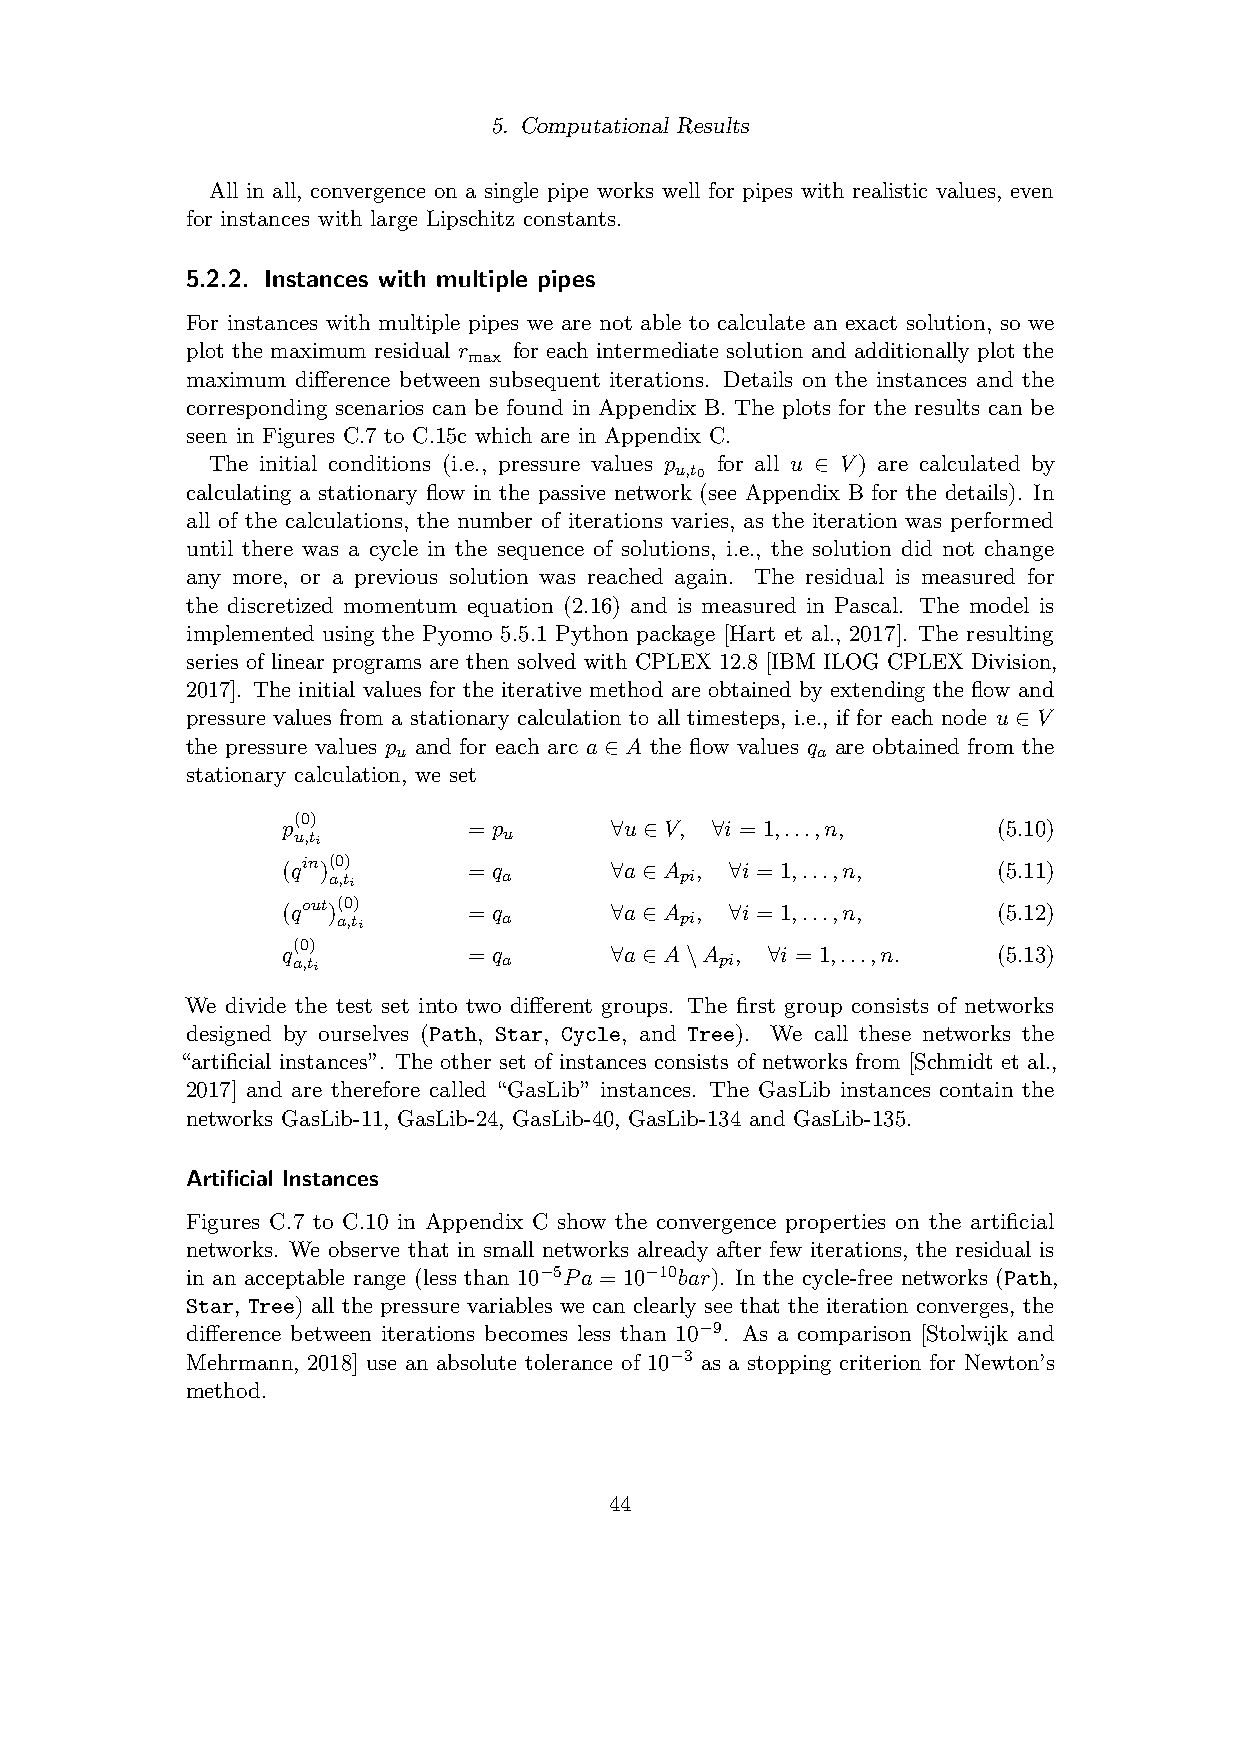
5. Computational Results
 All in all, convergence on a single pipe works well for pipes with realistic values, even
 for instances with large Lipschitz constants.
 5.2.2. Instances with multiple pipes
 For instances with multiple pipes we are not able to calculate an exact solution, so we
 plot the maximum residual r for each intermediate solution and additionally plot the
 max
 maximum difference between subsequent iterations. Details on the instances and the
 corresponding scenarios can be found in Appendix B. The plots for the results can be
 seen in Figures C.7 to C.15c which are in Appendix C.
 The initial conditions (i.e., pressure values p for all u ∈ V) are calculated by
 u,t0
 calculating a stationary flow in the passive network (see Appendix B for the details). In
 all of the calculations, the number of iterations varies, as the iteration was performed
 until there was a cycle in the sequence of solutions, i.e., the solution did not change
 any more, or a previous solution was reached again. The residual is measured for
 the discretized momentum equation (2.16) and is measured in Pascal. The model is
 implemented using the Pyomo 5.5.1 Python package [Hart et al., 2017]. The resulting
 series of linear programs are then solved with CPLEX 12.8 [IBM ILOG CPLEX Division,
 2017]. The initial values for the iterative method are obtained by extending the flow and
 pressure values from a stationary calculation to all timesteps, i.e., if for each node u ∈ V
 the pressure values p and for each arc a ∈ A the flow values q are obtained from the
 u                           a
 stationary calculation, we set
 (0)
 p           = p      ∀u ∈ V, ∀i = 1,...,n,     (5.10)
 u,ti          u
 (qin)(0)
 = q      ∀a ∈ A , ∀i = 1,...,n,    (5.11)
 a,ti       a           pi
 (qout)(0)
 = q      ∀a ∈ A , ∀i = 1,...,n,    (5.12)
 a,ti       a           pi
 (0)
 q           = q      ∀a ∈ A\A , ∀i = 1,...,n.  (5.13)
 a,ti          a              pi
 We divide the test set into two different groups. The first group consists of networks
 designed by ourselves (Path, Star, Cycle, and Tree). We call these networks the
 “artificial instances”. The other set of instances consists of networks from [Schmidt et al.,
 2017] and are therefore called “GasLib” instances. The GasLib instances contain the
 networks GasLib-11, GasLib-24, GasLib-40, GasLib-134 and GasLib-135.
 Artificial Instances
 Figures C.7 to C.10 in Appendix C show the convergence properties on the artificial
 networks. We observe that in small networks already after few iterations, the residual is
 in an acceptable range (less than 10−5Pa = 10−10bar). In the cycle-free networks (Path,
 Star, Tree) all the pressure variables we can clearly see that the iteration converges, the
 difference between iterations becomes less than 10−9. As a comparison [Stolwijk and
 Mehrmann, 2018] use an absolute tolerance of 10−3 as a stopping criterion for Newton’s
 method.
 44